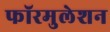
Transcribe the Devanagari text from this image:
फॉरमुलेशन